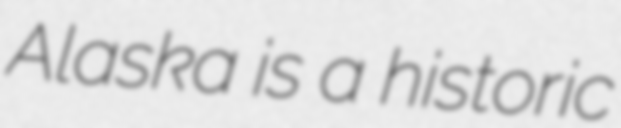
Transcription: Alaska is a historic